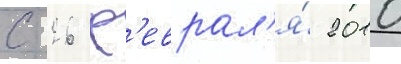
с 26 ф'еврал'я́ 2010